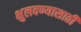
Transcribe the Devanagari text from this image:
भुलवण्यासाठी